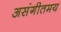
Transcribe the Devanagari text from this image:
असंगीतमय